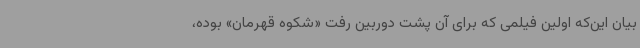
بیان این‌که اولین فیلمی که برای آن پشت دوربین رفت «شکوه قهرمان» بوده،